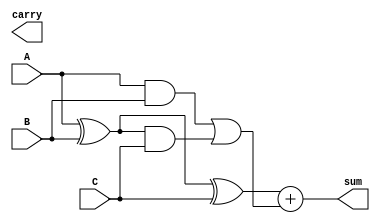
module ripple_carry_save_adder (
    input [3:0] A,  // First operand
    input [3:0] B,  // Second operand
    input [3:0] C,  // Third operand
    output [4:0] sum, // Final sum output (5 bits to accommodate overflow)
    output carry      // Final carry output
);

    // Intermediate wires for Carry Save Adder
    wire [3:0] sum1, carry1;
    wire [3:0] sum2, carry2;

    // First Carry Save Adder (CSA)
    assign sum1 = A ^ B;      // Sum from A and B
    assign carry1 = A & B;    // Carry from A and B

    // Second Carry Save Adder (CSA) with the result of the first CSA and C
    assign sum2 = sum1 ^ C;   // Sum from previous sum and C
    assign carry2 = carry1 | (sum1 & C); // Carry from previous carry and sum1 with C

    // Final Ripple Carry Adder (RCA)
    wire [4:0] final_sum;
    wire final_carry;

    // RCA to add the final carry and sum
    assign final_sum = {1'b0, sum2} + {1'b0, carry2}; // Extend to 5 bits for addition
    assign sum = final_sum; // Final sum output
    assign carry = final_carry; // Final carry output

endmodule